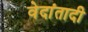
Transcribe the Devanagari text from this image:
वेदांतादी